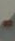
-